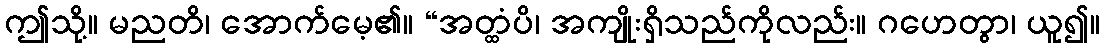
ဤသို့။ မညတိ၊ အောက်မေ့၏။ “အတ္ထံပိ၊ အကျိုးရှိသည်ကိုလည်း။ ဂဟေတွာ၊ ယူ၍။